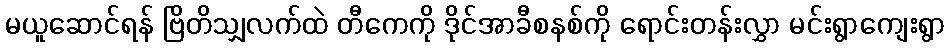
မယူဆောင်ရန် ဗြိတိသျှလက်ထဲ တီကေကို ဒိုင်အာခီစနစ်ကို ရောင်းတန်းလွှာ မင်းရွာကျေးရွာ